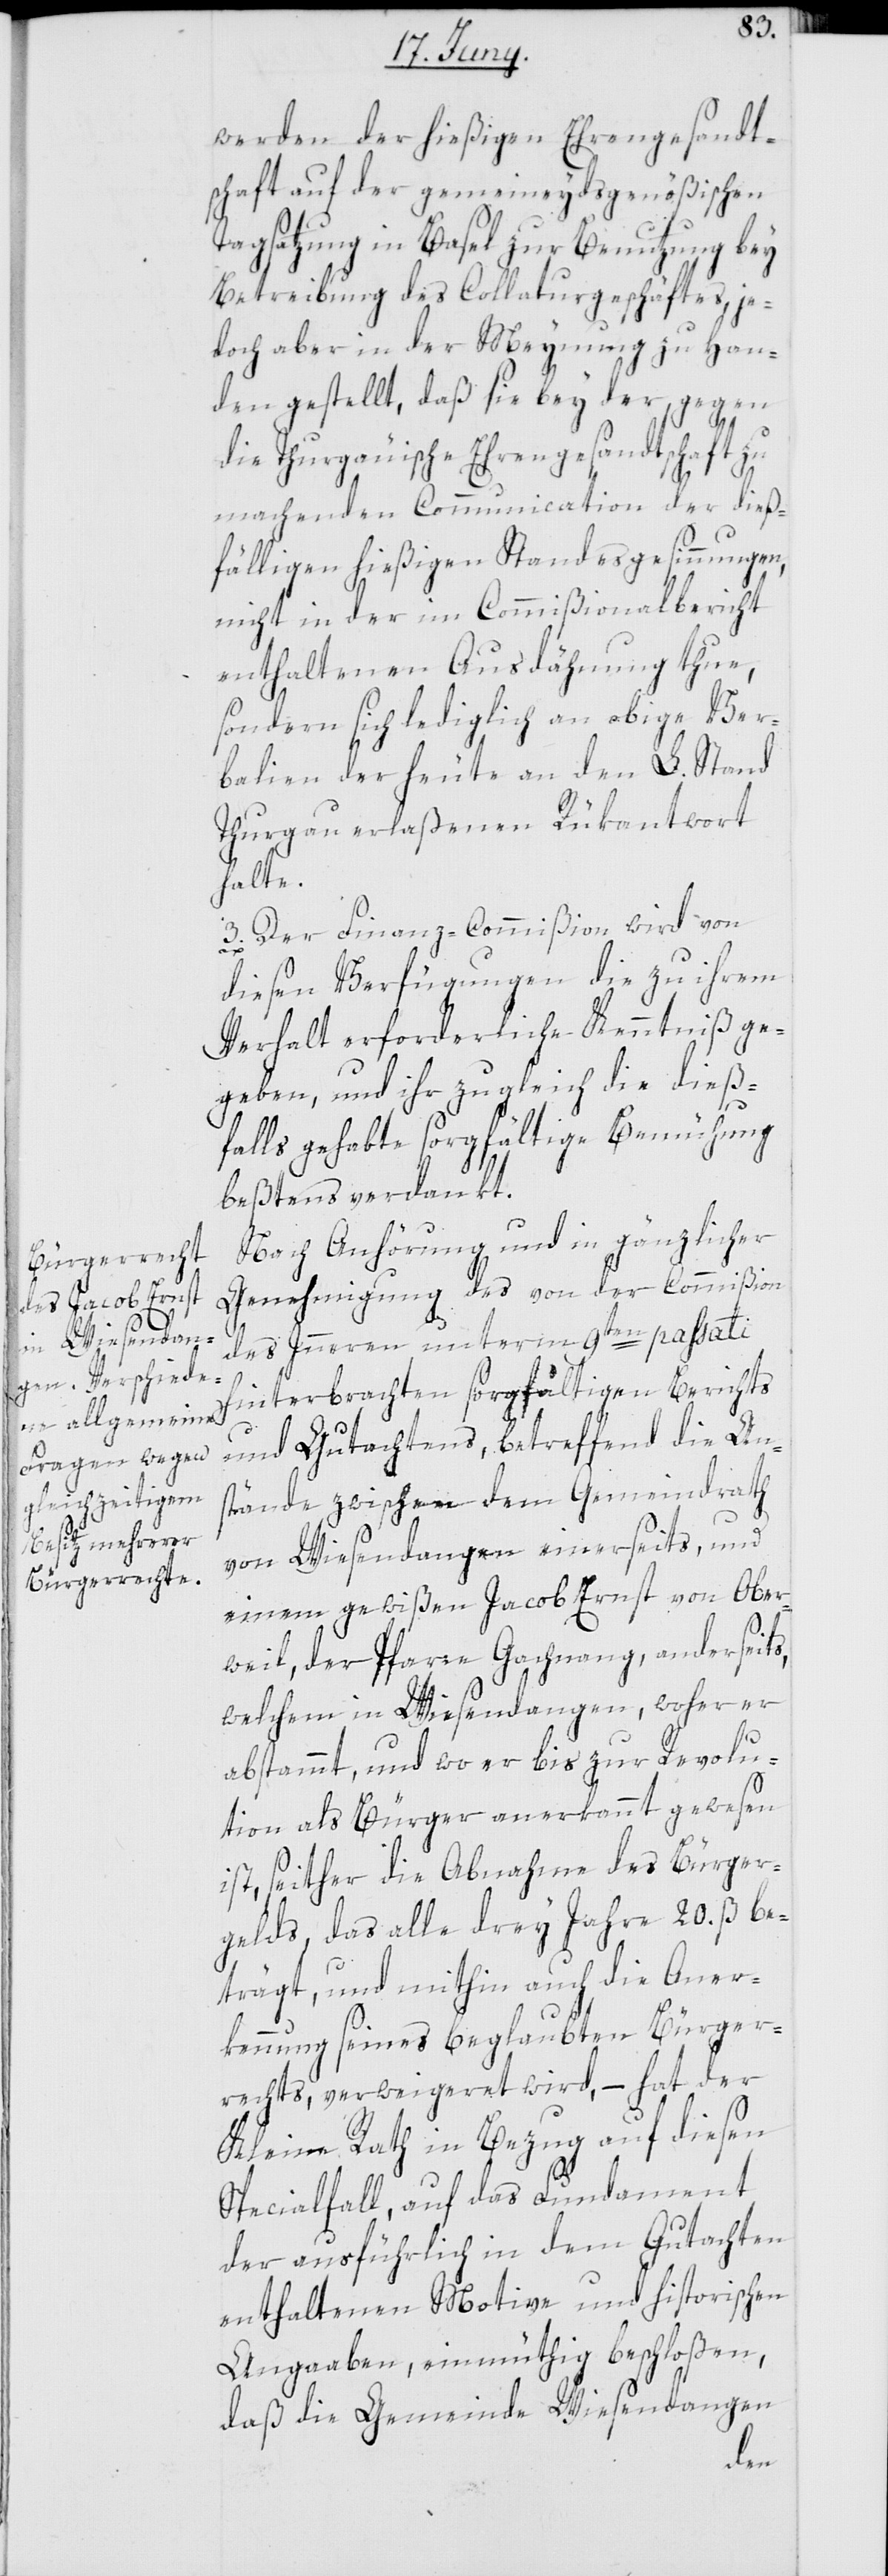
werden der hießigen Ehrengesandt¬
schaft auf der gemeineydsgenößischen
Tagsatzung in Basel zur Benutzung bey
Betreibung des Collaturgeschäftes, je¬
doch aber in der Meynung zu Han¬
den gestellt, daß sie bey der gegen
die Thurgäuische Ehrengesandtschaft zu
machenden Communication der dieß¬
fälligen hießigen Standesgesinnungen,
nicht in der im Commißionalbericht
enthaltenen Ausdähnung thue,
sondern sich lediglich an obige Ver¬
balien der heute an den L. Stand
Thurgau erlaßenen Rükantwort
halte.
3. Der Finanz-Commißion wird von
diesen Verfügungen die zu ihrem
Verhalt erforderliche Kenntniß ge¬
geben, und ihr zugleich die dieß¬
falls gehabte sorgfältige Bemühung
beßtens verdankt.
Nach Anhörung und in gänzlicher
Genehmigung des von der Commißion
des Innern unterm 9ten passati
hinterbrachten sorgfältigen Berichts
und Gutachtens, betreffend die An¬
stände zwischen dem Gemeindrath
von Wiesendangen einerseits, und
einem gewißen Jacob Ernst von Ober¬
weil, der Pfarre Gachnang, anderseits,
welchem in Wiesendangen, woher er
abstammt, und wo er bis zur Revolu¬
tion als Bürger anerkannt gewesen
ist, seither die Abnahme des Bürger¬
gelds, daß alle drey Jahre 20. ß be¬
trägt, und mithin auch die Aner¬
kennung seines beglaubten Bürger¬
rechts, verweigeret wird, – hat der
Kleine Rath in Bezug auf diesen
Specialfall, auf das Fundament
der ausführlich in dem Gutachten
enthaltenen Motive und historischen
Angaaben, einmüthig beschloßen,
daß die Gemeinde Wiesendangen